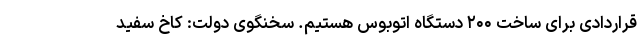
قراردادی برای ساخت ۲۰۰ دستگاه اتوبوس هستیم. سخنگوی دولت: کاخ سفید